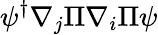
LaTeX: \psi^{\dagger}\nabla_{j}\Pi\nabla_{i}\Pi\psi